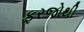
ફરજોથી